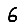
Digit: 6